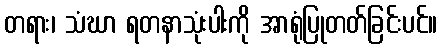
တရား၊ သံဃာ ရတနာသုံးပါးကို အာရုံပြုတတ်ခြင်းပင်။